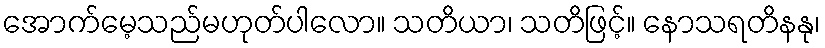
အောက်မေ့သည်မဟုတ်ပါလော။ သတိယာ၊ သတိဖြင့်။ နောသရတိနနု၊